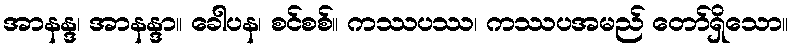
အာနန္ဒ၊ အာနန္ဒာ။ ခေါပန၊ စင်စစ်။ ကဿပဿ၊ ကဿပအမည် တော်ရှိသော။